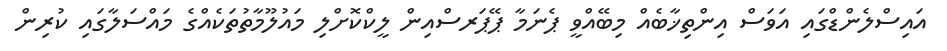
އައިސްލެންޑްގައި އަވަސް އިންތިޚާބެއް މިބޭއްވީ ޕެނަމާ ޕޭޕަރސްއިން ލީކްކޮށްލި މައުލޫމާތުތަކެއްގެ މައްސަލާގައި ކުރިން